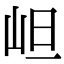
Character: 𭖌